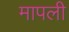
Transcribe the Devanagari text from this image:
मापली